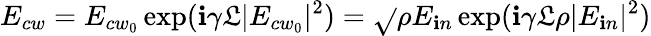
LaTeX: E_{cw}=E_{{cw}_{0}}\exp(\mathbf{i}\gamma\mathfrak{L}|E_{{cw}_{0}}|^{2})=\sqrt{}{{\rho}}E_{\mathbf{i}n}\exp(\mathbf{i}\gamma\mathfrak{L}\rho|E_{\mathbf{i}n}|^{2})